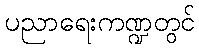
ပညာရေးကဏ္ဍတွင်